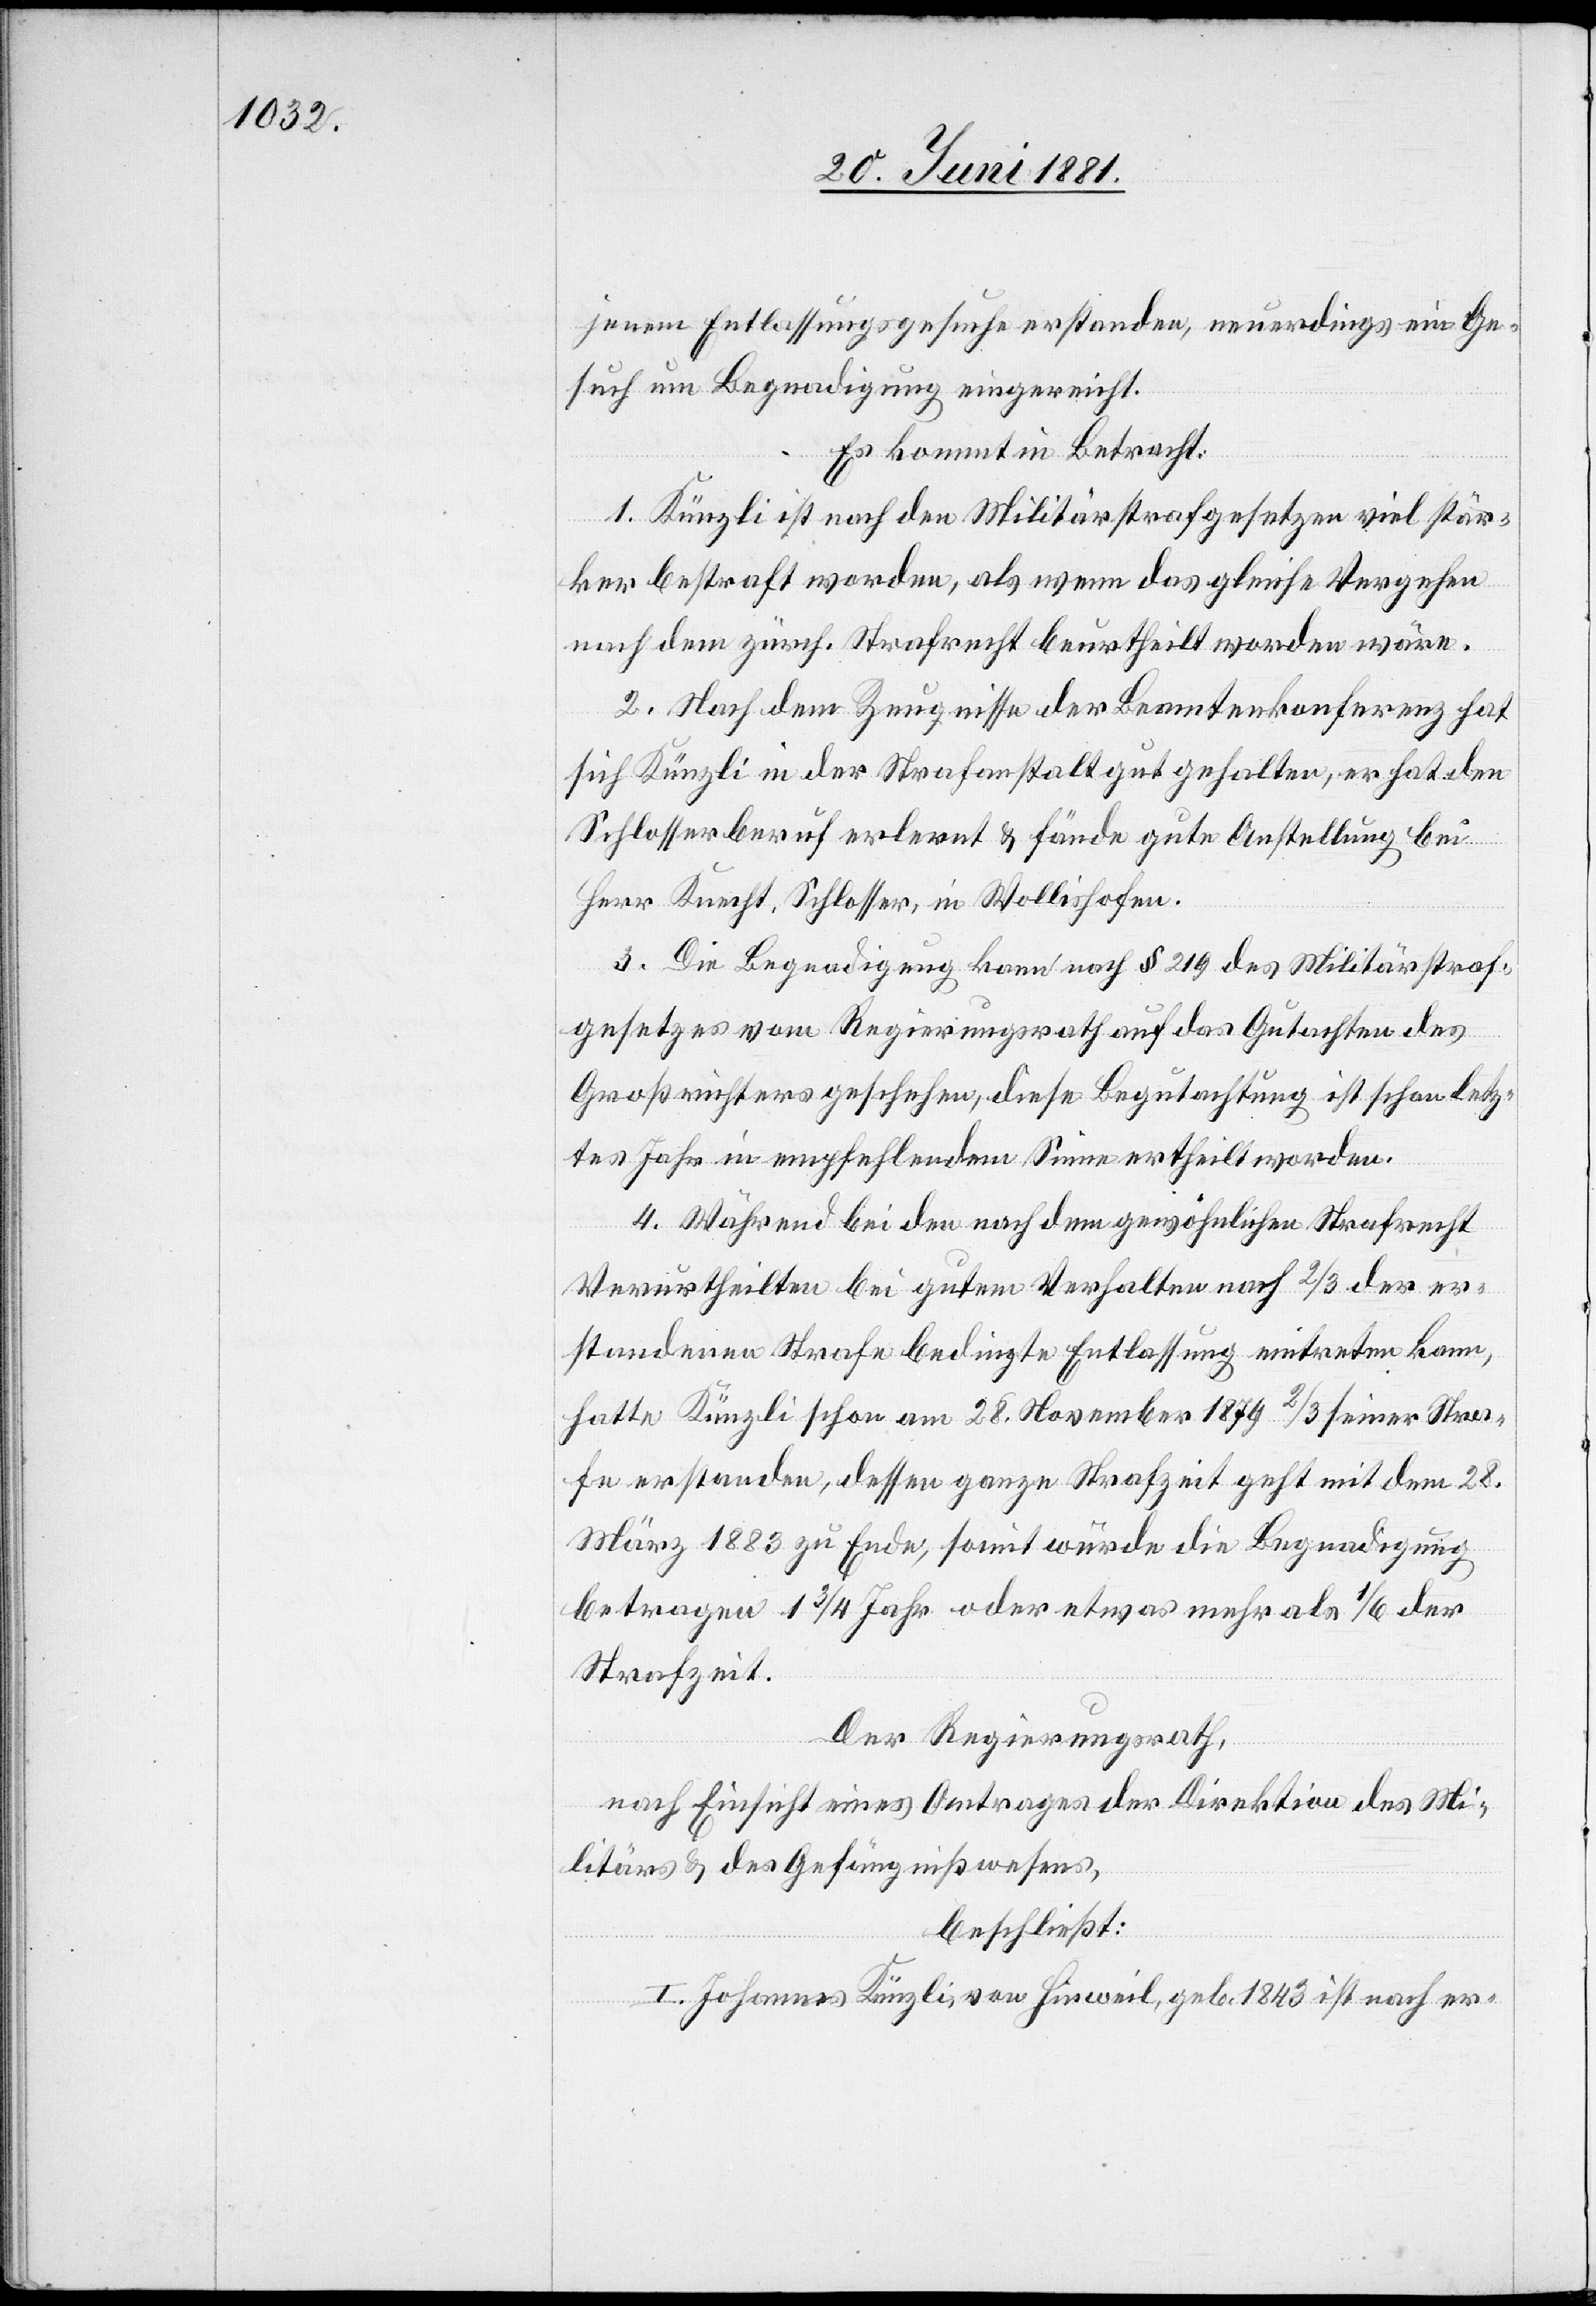
jenem Entlassungsgesuche erstanden, neuerdings ein Ge¬
such um Begnadigung eingerichtet.
Es kommt in Betracht:
1. Künzli ist nach den Militärstrafgesetzen viel stär¬
ker bestraft worden, als wenn das gleiche Vergehen
nach dem zürch. Strafrecht beurtheilt worden wäre.
2. Nach dem Zeugnisse der Beamtenkonferenz hat
sich Künzli in der Strafanstalt gut gehalten, er hat den
Schlosserberuf erlernt & fände gute Anstellung bei
Herr Knecht, Schlosser, in Wollishofen.
3. Die Begnadigung kann nach § 219 des Militärstraf¬
gesetzes vom Regierungsrath auf das Gutachten des
Großrichters geschehen, diese Begutachtung ist schon letz¬
tes Jahr in empfehlendem Sinne ertheilt worden.
4. Während bei den nach dem gewöhnlichen Strafrecht
Verurtheilten bei gutem Verhalten nach 2/3 seiner
hatte Künzli schon am 28. November 1879 2/3 seiner Stra¬
fe erstanden, dessen ganze Strafzeit geht mit dem 28.
März 1883 zu Ende, somit würde die Begnadigung
betragen 1 3/4 Jahre oder etwas mehr als 1/6 der
Strafzeit.
Der Regierungsrath,
nach Einsicht eines Antrages der Direktion des Mi¬
litärs & des Gefängniswesens,
beschließt:
I. Johannes Künzli, von Hinweil, geb. 1843 ist nach er-